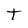
Character: t